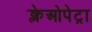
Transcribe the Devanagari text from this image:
क्लेओपेट्रा